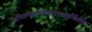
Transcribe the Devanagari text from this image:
सच्छिष्यकर्णमन्द्राभ्यामर्थितोहं